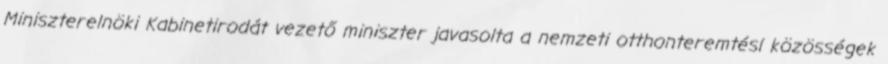
Miniszterelnöki Kabinetirodát vezető miniszter javasolta a nemzeti otthonteremtési közösségek